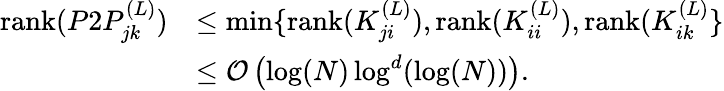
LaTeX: \begin{array}{rl}{\mathrm{rank}(P2P_{jk}^{(L)})}&{\leq\operatorname*{min}\{ \mathrm{rank}(K_{ji}^{(L)}),\mathrm{rank}(K_{ii}^{(L)}),\mathrm{rank}(K_{ik}^{(L)}\} }\\ &{\leq\mathcal{O}\left(\log(N)\log^{d}(\log(N))\right).}\end{array}